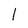
Character: 1